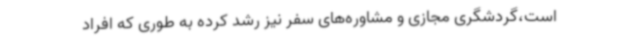
‌است،گردشگری مجازی و مشاوره‌های سفر نیز رشد کرده‌ به طوری که افراد